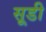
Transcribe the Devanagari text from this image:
सूडी